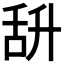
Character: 𦧌